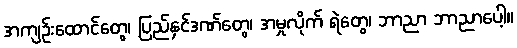
အကျဉ်းထောင်တွေ၊ ပြည်နှင်ဒဏ်တွေ၊ အမှုလိုက် ရဲတွေ၊ ဘာညာ ဘာညာပေါ့။